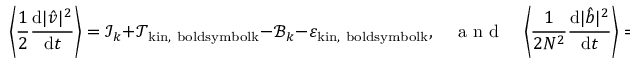
\left\langle \frac { 1 } { 2 } \frac { \mathrm { d } | \hat { \boldsymbol { v } } | ^ { 2 } } { \mathrm { d } t } \right\rangle = \mathcal { I } _ { \boldsymbol { k } } + \mathcal { T } _ { \mathrm { k i n , \ b o l d s y m b o l { k } } } - \mathcal { B } _ { \boldsymbol { k } } - \varepsilon _ { \mathrm { k i n , \ b o l d s y m b o l { k } } } , ~ ~ ~ ~ \mathrm { ~ a ~ n ~ d ~ } ~ ~ ~ ~ \left\langle \frac { 1 } { 2 N ^ { 2 } } \frac { \mathrm { d } | \hat { b } | ^ { 2 } } { \mathrm { d } t } \right\rangle = \mathcal { T } _ { \mathrm { ~ p ~ o ~ t ~ } , \boldsymbol { k } } + \mathcal { B } _ { \boldsymbol { k } } - \varepsilon _ { \mathrm { ~ p ~ o ~ t ~ } , \boldsymbol { k } } ,